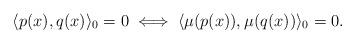
LaTeX: \begin{align*} \langle p(x),q(x)\rangle_0=0\iff \langle \mu (p(x)),\mu (q(x))\rangle_0=0.\end{align*}